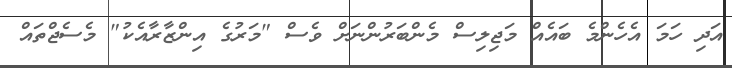
އަދި ހަމަ އެހެންމެ ބައެއް މަޖިލިސް މެންބަރުންނަށް ވެސް "މަރުގެ އިންޒާރާއެކު" މެސެޖްތައް